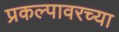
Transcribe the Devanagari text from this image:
प्रकल्पावरच्या